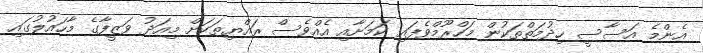
އެންމެ އަސާސީ ހިދުމަތްތަކުން މަހްރޫމްވެފައި ކަމަށާއި އެއްވެސް ރައްޔިތަކަށް މިއަދު ވަޒީފާގެ މާހައުލުގައި